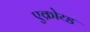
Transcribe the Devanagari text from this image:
एक्रोय्ड